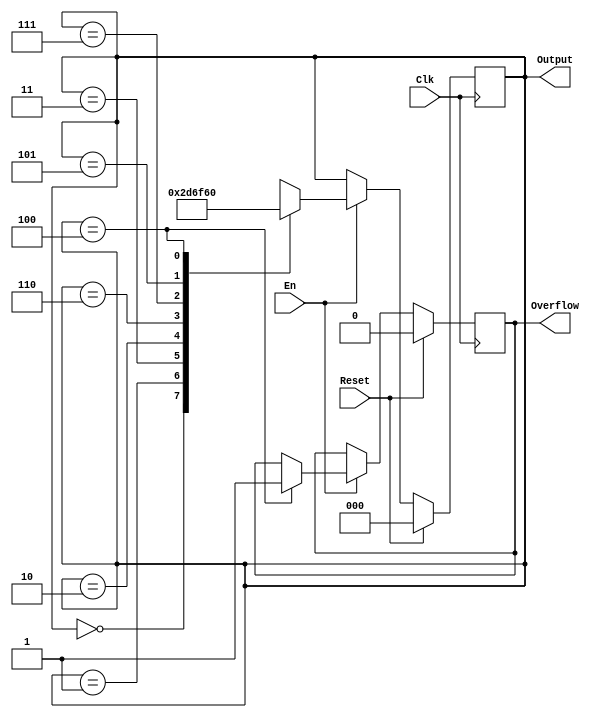
`timescale 1ns / 1ps
//////////////////////////////////////////////////////////////////////////////////
module gray(
    input Clk,
    input Reset,
    input En,
    output [2:0] Output,
    output Overflow
    );
	 
	 reg [2:0] out;
	 reg overflow;
	 
	 assign Overflow=overflow;
	 assign Output=out;
	 
	 initial
	 begin
	    out=3'b000;
		 overflow=0;
    end
	 
	 always @(posedge Clk)
	 begin
		 if(Reset==1) //
		 begin
		    out=3'b000;
		    overflow=0;
		 end
		 
		 else if(En==1) 
		 begin
		    case(out)
			    3'b000: out<=3'b001;
				 3'b001: out<=3'b011;
				 3'b011: out<=3'b010;
				 3'b010: out<=3'b110;
				 3'b110: out<=3'b111;
				 3'b111: out<=3'b101;
				 3'b101: out<=3'b100;
				 3'b100: 
				         begin
							out<=3'b000;
							overflow<=1;
							end
			 endcase
		 end
	 end

endmodule